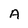
Character: A